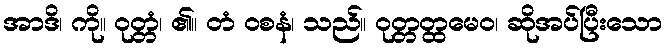
အာဒိ၊ ကို။ ဝုတ္တံ၊ ၏။ တံ ဝစနံ၊ သည်။ ဝုတ္တတ္ထမေဝ၊ ဆိုအပ်ပြီးသော